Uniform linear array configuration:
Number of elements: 4
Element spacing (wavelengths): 0.75
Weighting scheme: cosine
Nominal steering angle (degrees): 45
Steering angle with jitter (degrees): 43.472
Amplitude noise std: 0.05
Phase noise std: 0.05

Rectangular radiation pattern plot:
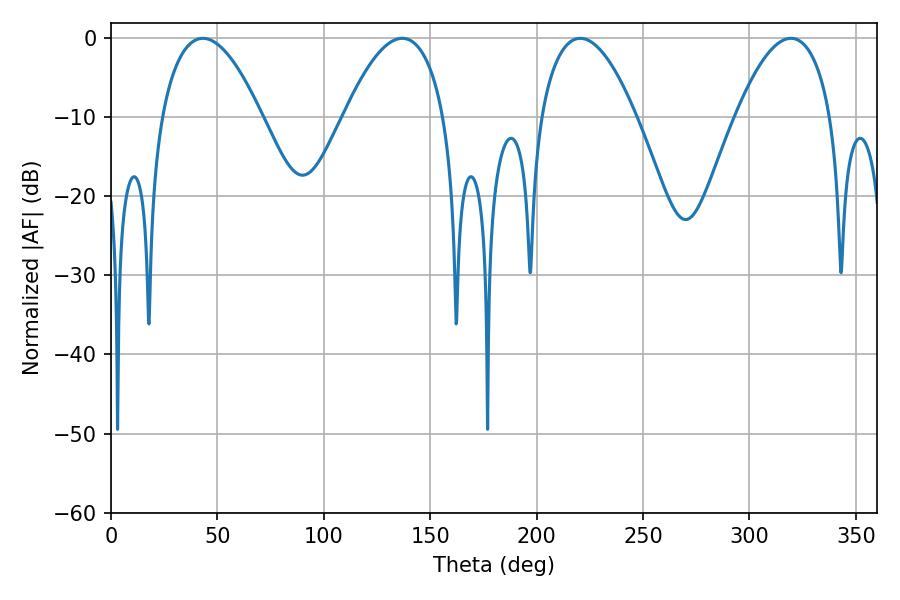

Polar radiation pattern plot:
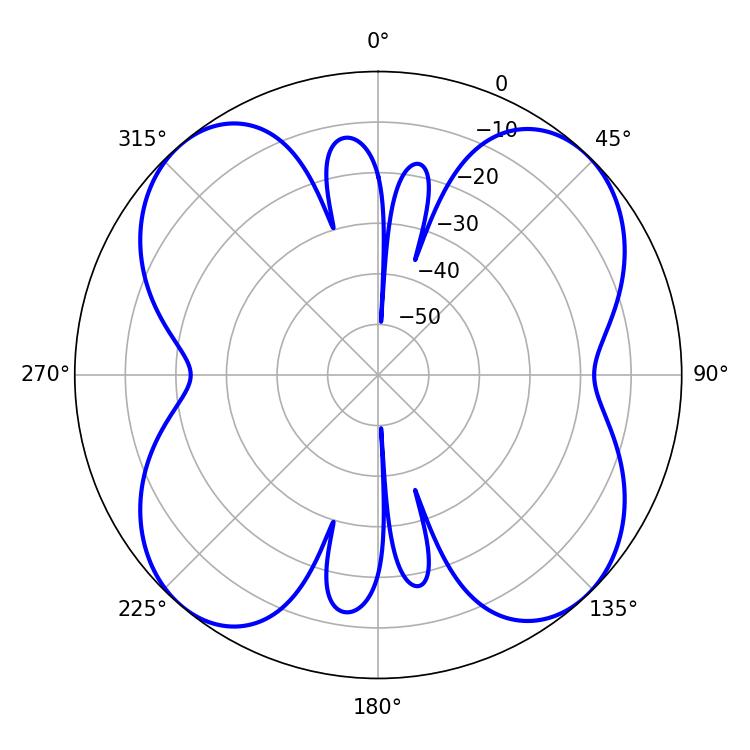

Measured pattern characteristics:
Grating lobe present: TRUE
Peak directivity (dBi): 14.764
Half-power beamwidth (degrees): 24.84
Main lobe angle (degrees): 220.5